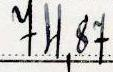
74,87